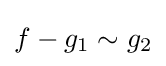
f-g_{1}\sim g_{2}